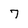
Character: 7